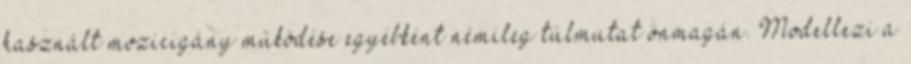
használt mozicigány működése egyébként némileg túlmutat önmagán. Modellezi a